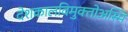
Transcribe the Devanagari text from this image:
देशकालविमुक्तोअस्मि